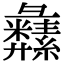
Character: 𦇚